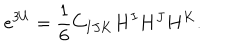
LaTeX: e ^ { 3 U } = { \frac { 1 } { 6 } } C _ { I J K } H ^ { I } H ^ { J } H ^ { K } .